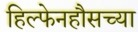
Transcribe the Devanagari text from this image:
हिल्फेनहौसच्या